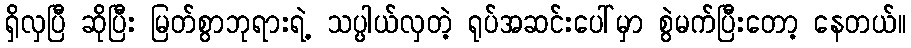
ရှိလှပြီ ဆိုပြီး မြတ်စွာဘုရားရဲ့ သပ္ပါယ်လှတဲ့ ရုပ်အဆင်းပေါ်မှာ စွဲမက်ပြီးတော့ နေတယ်။